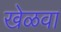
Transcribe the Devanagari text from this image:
खेळवा